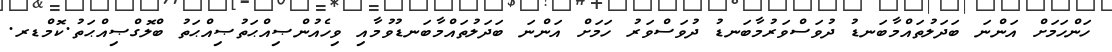
ހަންހަމަށް އަންނަ ބަދަލުތައްމާބަނޑު ދުވަސްވަރުމާބަނޑު ދުވަސްވަރު ހަމަށް އަންނަ ބަދަލުތައްމާބަނޑުވުމާއި ވިހެއުންޞިއްޙަތުޞިއްޙަތު ބްލޮގްޞިއްޙަތު.ކޮމްޑރ.